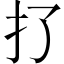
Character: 𢩪